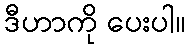
ဒီဟာကို ပေးပါ။